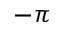
- \pi